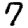
Digit: 7